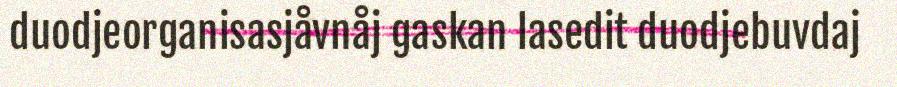
duodjeorganisasjåvnåj gaskan lasedit duodjebuvdaj